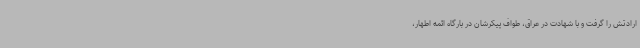
ارادتش را گرفت و با شهادت در عراق، طواف پیکرشان در بارگاه ائمه اطهار،